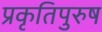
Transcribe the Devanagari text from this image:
प्रकृतिपुरुष